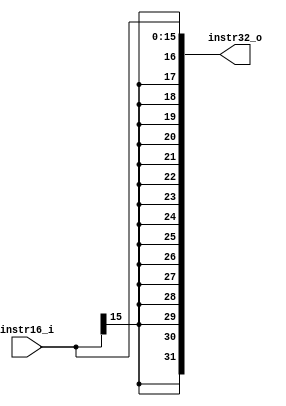
`timescale 1ns / 1ps

module Sign_Extender(
        instr16_i,
        instr32_o
    );
    
    input [15:0] instr16_i;
    output wire [31:0] instr32_o;
    
    assign instr32_o = {{16{instr16_i[15]}},instr16_i[15:0]};
    
endmodule